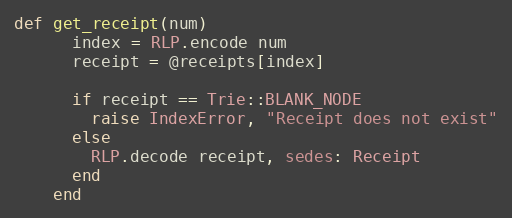
Language: Ruby
def get_receipt(num)
      index = RLP.encode num
      receipt = @receipts[index]

      if receipt == Trie::BLANK_NODE
        raise IndexError, "Receipt does not exist"
      else
        RLP.decode receipt, sedes: Receipt
      end
    end